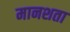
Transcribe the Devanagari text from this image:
मानशता